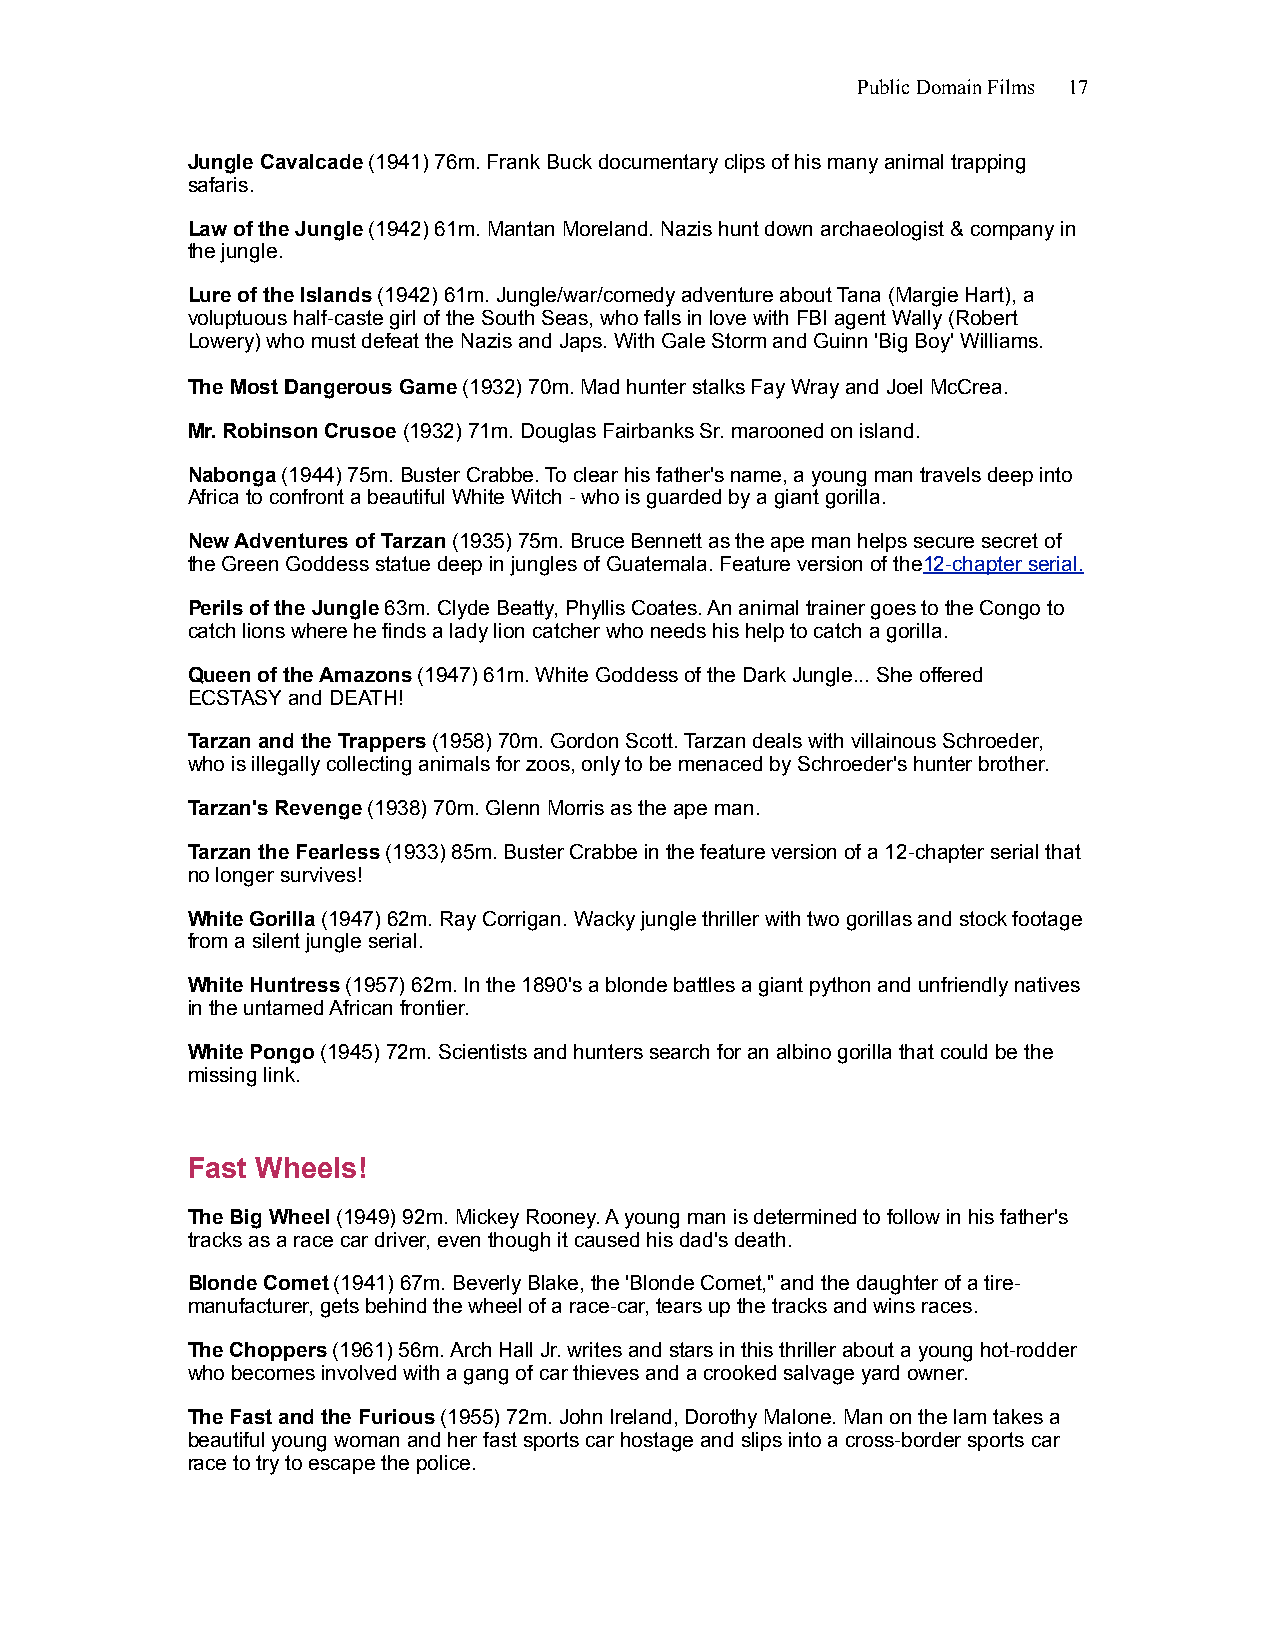
Public Domain Films 17
 Jungle Cavalcade (1941) 76m. Frank Buck documentary clips of his many animal trapping
 safaris.
 Law of the Jungle (1942) 61m. Mantan Moreland. Nazis hunt down archaeologist & company in
 the jungle.
 Lure of the Islands (1942) 61m. Jungle/war/comedy adventure about Tana (Margie Hart), a
 voluptuous half-caste girl of the South Seas, who falls in love with FBI agent Wally (Robert
 Lowery) who must defeat the Nazis and Japs. With Gale Storm and Guinn 'Big Boy' Williams.
 The Most Dangerous Game (1932) 70m. Mad hunter stalks Fay Wray and Joel McCrea.
 Mr. Robinson Crusoe (1932) 71m. Douglas Fairbanks Sr. marooned on island.
 Nabonga (1944) 75m. Buster Crabbe. To clear his father's name, a young man travels deep into
 Africa to confront a beautiful White Witch - who is guarded by a giant gorilla.
 New Adventures of Tarzan (1935) 75m. Bruce Bennett as the ape man helps secure secret of
 the Green Goddess statue deep in jungles of Guatemala. Feature version of the12-chapter serial.
 Perils of the Jungle 63m. Clyde Beatty, Phyllis Coates. An animal trainer goes to the Congo to
 catch lions where he finds a lady lion catcher who needs his help to catch a gorilla.
 Queen of the Amazons (1947) 61m. White Goddess of the Dark Jungle... She offered
 ECSTASY and DEATH!
 Tarzan and the Trappers (1958) 70m. Gordon Scott. Tarzan deals with villainous Schroeder,
 who is illegally collecting animals for zoos, only to be menaced by Schroeder's hunter brother.
 Tarzan's Revenge (1938) 70m. Glenn Morris as the ape man.
 Tarzan the Fearless (1933) 85m. Buster Crabbe in the feature version of a 12-chapter serial that
 no longer survives!
 White Gorilla (1947) 62m. Ray Corrigan. Wacky jungle thriller with two gorillas and stock footage
 from a silent jungle serial.
 White Huntress (1957) 62m. In the 1890's a blonde battles a giant python and unfriendly natives
 in the untamed African frontier.
 White Pongo (1945) 72m. Scientists and hunters search for an albino gorilla that could be the
 missing link.
 Fast Wheels!
 The Big Wheel (1949) 92m. Mickey Rooney. A young man is determined to follow in his father's
 tracks as a race car driver, even though it caused his dad's death.
 Blonde Comet (1941) 67m. Beverly Blake, the 'Blonde Comet," and the daughter of a tire-
 manufacturer, gets behind the wheel of a race-car, tears up the tracks and wins races.
 The Choppers (1961) 56m. Arch Hall Jr. writes and stars in this thriller about a young hot-rodder
 who becomes involved with a gang of car thieves and a crooked salvage yard owner.
 The Fast and the Furious (1955) 72m. John Ireland, Dorothy Malone. Man on the lam takes a
 beautiful young woman and her fast sports car hostage and slips into a cross-border sports car
 race to try to escape the police.